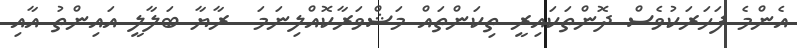
އެންމެ ފަހަރަކުވެސް ދޮންތަކައިރީ ތިކަންތައް މަޝްވަރާކޮއްލިނަމަ  ރާޔާ ބަލާލީ އައިންތު އާއި